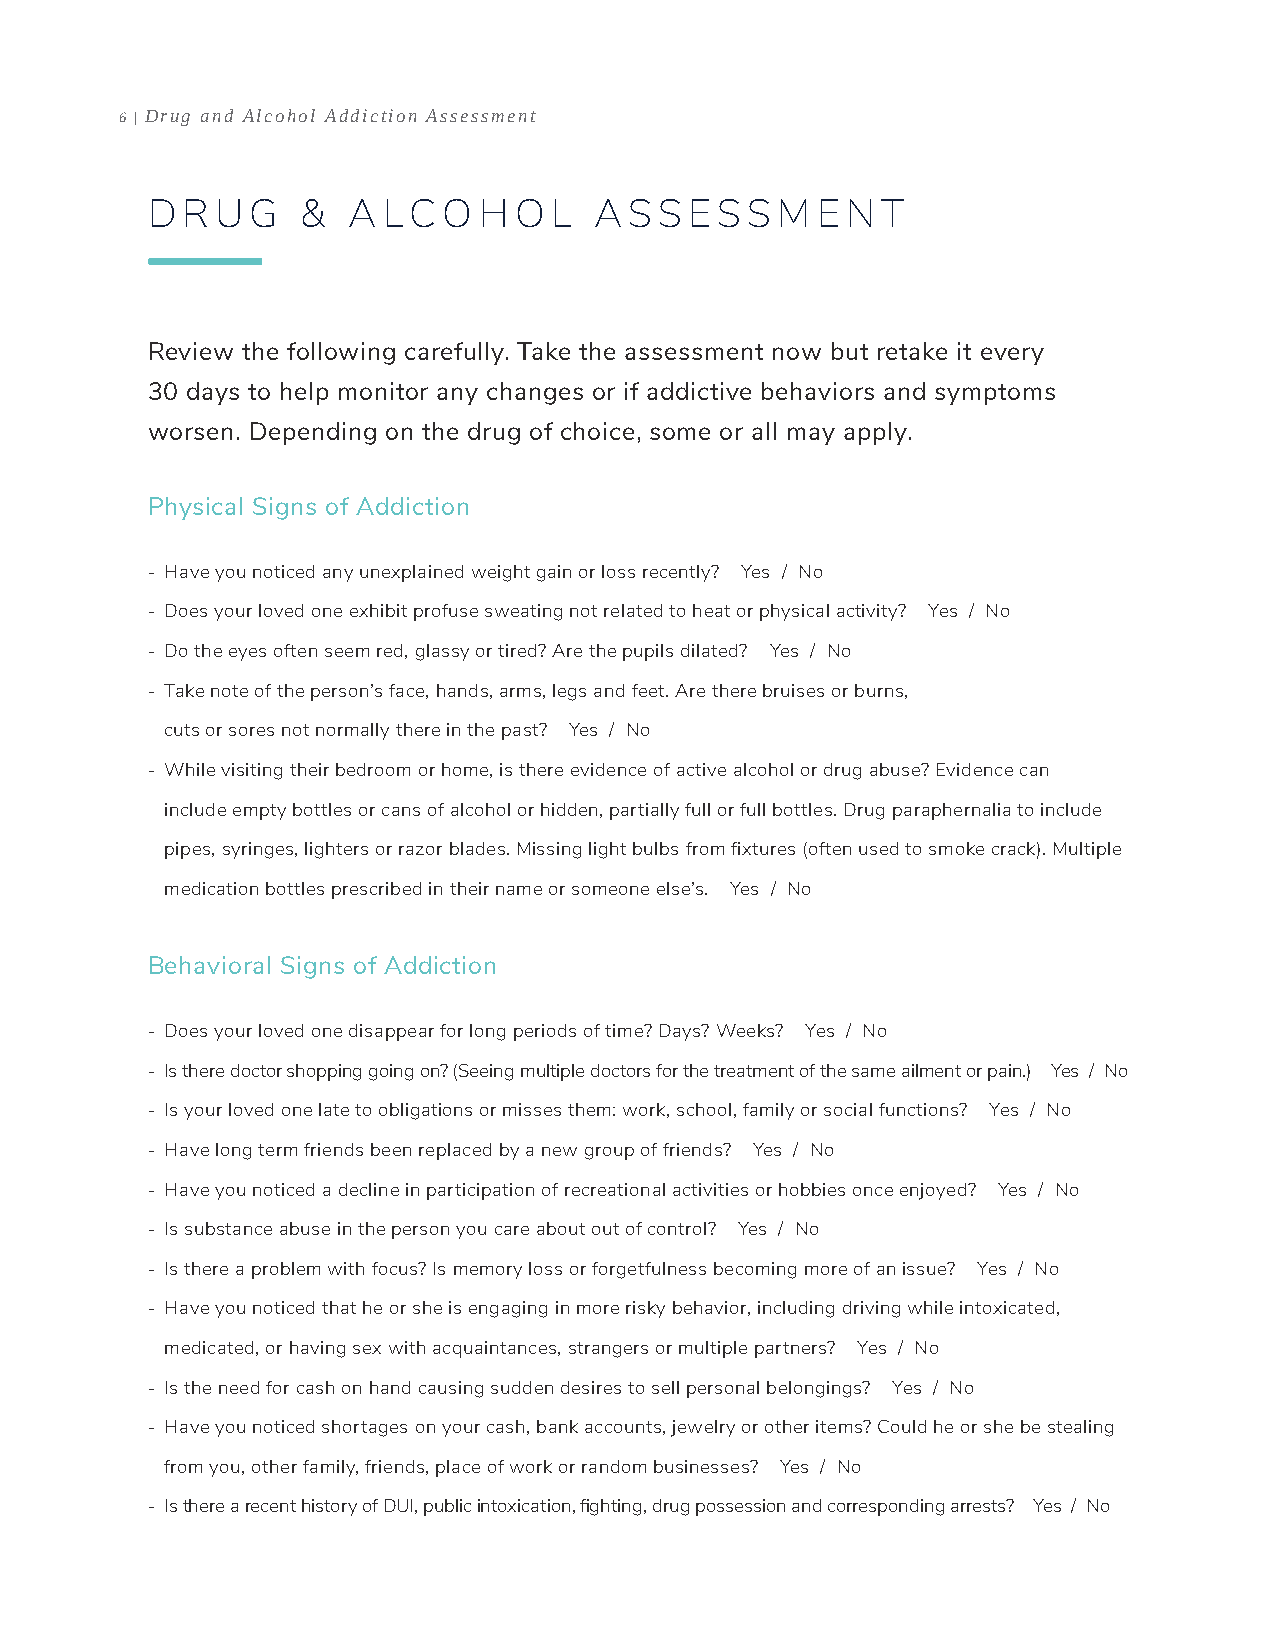
6 | Drug and Alcohol Addiction Assessment
 D R U  G  &  A LCO    H O L  AS   S ES S M  E N T
 Review the following carefully. Take the assessment now but retake it every
 30 days to help monitor any changes or if addictive behaviors and symptoms
 worsen. Depending on the drug of choice, some or all may apply.
 Physical Signs of Addiction
 - Have you noticed any unexplained weight gain or loss recently? Yes / No
 - Does your loved one exhibit profuse sweating not related to heat or physical activity? Yes / No
 - Do the eyes often seem red, glassy or tired? Are the pupils dilated? Yes / No
 - Take note of the person’s face, hands, arms, legs and feet. Are there bruises or burns,
 cuts or sores not normally there in the past? Yes / No
 - While visiting their bedroom or home, is there evidence of active alcohol or drug abuse? Evidence can
 include empty bottles or cans of alcohol or hidden, partially full or full bottles. Drug paraphernalia to include
 pipes, syringes, lighters or razor blades. Missing light bulbs from fixtures (often used to smoke crack). Multiple
 medication bottles prescribed in their name or someone else’s. Yes / No
 Behavioral Signs of Addiction
 - Does your loved one disappear for long periods of time? Days? Weeks? Yes / No
 - Is there doctor shopping going on? (Seeing multiple doctors for the treatment of the same ailment or pain.) Yes / No
 - Is your loved one late to obligations or misses them: work, school, family or social functions? Yes / No
 - Have long term friends been replaced by a new group of friends? Yes / No
 - Have you noticed a decline in participation of recreational activities or hobbies once enjoyed? Yes / No
 - Is substance abuse in the person you care about out of control? Yes / No
 - Is there a problem with focus? Is memory loss or forgetfulness becoming more of an issue? Yes / No
 - Have you noticed that he or she is engaging in more risky behavior, including driving while intoxicated,
 medicated, or having sex with acquaintances, strangers or multiple partners? Yes / No
 - Is the need for cash on hand causing sudden desires to sell personal belongings? Yes / No
 - Have you noticed shortages on your cash, bank accounts, jewelry or other items? Could he or she be stealing
 from you, other family, friends, place of work or random businesses? Yes / No
 - Is there a recent history of DUI, public intoxication, fighting, drug possession and corresponding arrests? Yes / No